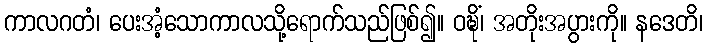
ကာလဂတံ၊ ပေးအံ့သောကာလသို့ရောက်သည်ဖြစ်၍။ ဝဍ္ဎိံ၊ အတိုးအပွားကို။ နဒေတိ၊